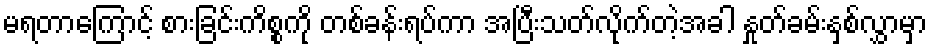
မရတာကြောင့် စားခြင်းကိစ္စကို တစ်ခန်းရပ်ကာ အပြီးသတ်လိုက်တဲ့အခါ နှုတ်ခမ်းနှစ်လွှာမှာ